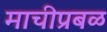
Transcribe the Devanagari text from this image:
माचीप्रबळ